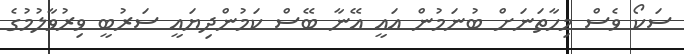
ސަކޯ ވެސް މިހާތަނަށް ބުނަމުން އައީ އޭނާ ބޭސް ކަމުންދިޔައީ ސަރުބީ ވިރުވާލުމުގެ